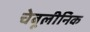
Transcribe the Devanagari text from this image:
चेबूलीनिक